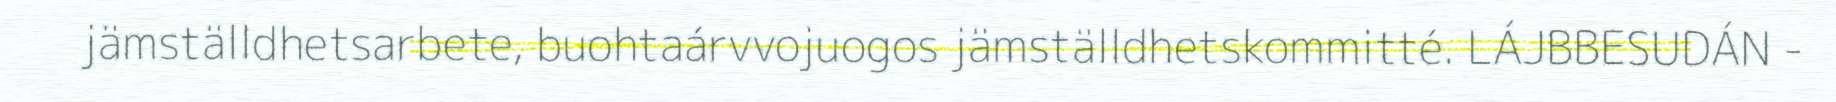
jämställdhetsarbete, buohtaárvvojuogos jämställdhetskommitté. LÁJBBESUDÁN -